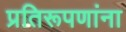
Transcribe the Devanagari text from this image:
प्रतिरूपणांना